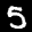
Label: 5